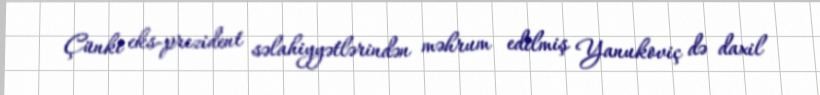
Çünki eks-prezident səlahiyyətlərindən məhrum edilmiş Yanukoviç də daxil